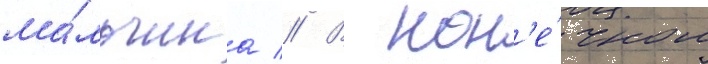
ма́льчика // В кон'е́чном